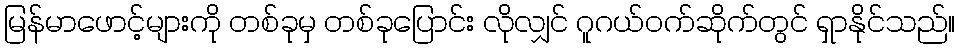
မြန်မာဖောင့်များကို တစ်ခုမှ တစ်ခုပြောင်း လိုလျှင် ဂူဂယ်ဝက်ဆိုက်တွင် ရှာနိုင်သည်။